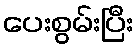
ပေးစွမ်းပြီး